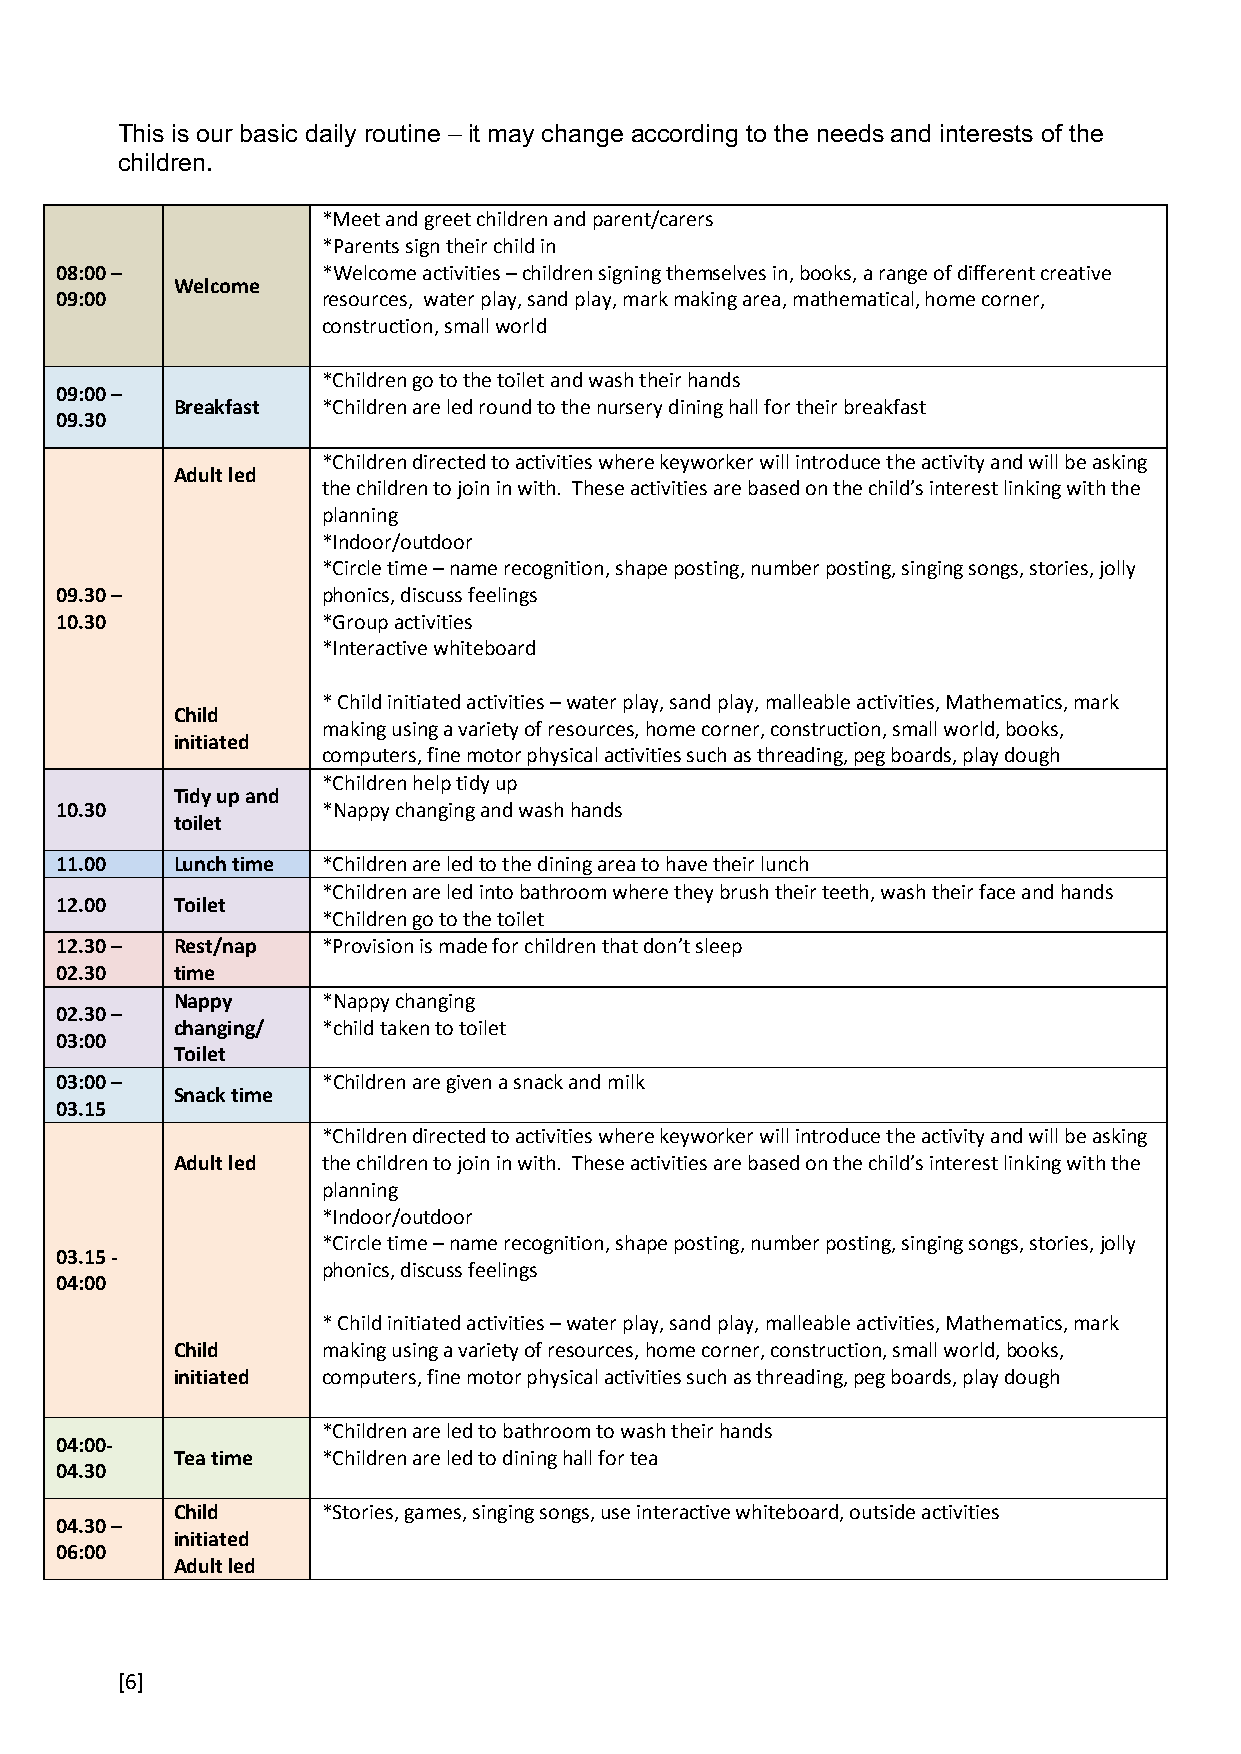
This is our basic daily routine – it may change according to the needs and interests of the
 children.
 *Meet and greet children and parent/carers
 *Parents sign their child in
 08:00 –          *Welcome activities – children signing themselves in, books, a range of different creative
 Welcome
 09:00            resources, water play, sand play, mark making area, mathematical, home corner,
 construction, small world
 *Children go to the toilet and wash their hands
 09:00 –
 Breakfast *Children are led round to the nursery dining hall for their breakfast
 09.30
 *Children directed to activities where keyworker will introduce the activity and will be asking
 Adult led
 the children to join in with. These activities are based on the child’s interest linking with the
 planning
 *Indoor/outdoor
 *Circle time – name recognition, shape posting, number posting, singing songs, stories, jolly
 09.30 –          phonics, discuss feelings
 10.30            *Group activities
 *Interactive whiteboard
 * Child initiated activities – water play, sand play, malleable activities, Mathematics, mark
 Child
 making using a variety of resources, home corner, construction, small world, books,
 initiated
 computers, fine motor physical activities such as threading, peg boards, play dough
 *Children help tidy up
 Tidy up and
 10.30            *Nappy changing and wash hands
 toilet
 11.00  Lunch time *Children are led to the dining area to have their lunch
 *Children are led into bathroom where they brush their teeth, wash their face and hands
 12.00  Toilet
 *Children go to the toilet
 12.30 – Rest/nap *Provision is made for children that don’t sleep
 02.30  time
 Nappy     *Nappy changing
 02.30 –
 changing/ *child taken to toilet
 03:00
 Toilet
 03:00 –          *Children are given a snack and milk
 Snack time
 03.15
 *Children directed to activities where keyworker will introduce the activity and will be asking
 Adult led the children to join in with. These activities are based on the child’s interest linking with the
 planning
 *Indoor/outdoor
 *Circle time – name recognition, shape posting, number posting, singing songs, stories, jolly
 03.15 -
 phonics, discuss feelings
 04:00
 * Child initiated activities – water play, sand play, malleable activities, Mathematics, mark
 Child     making using a variety of resources, home corner, construction, small world, books,
 initiated computers, fine motor physical activities such as threading, peg boards, play dough
 *Children are led to bathroom to wash their hands
 04:00-
 Tea time  *Children are led to dining hall for tea
 04.30
 Child     *Stories, games, singing songs, use interactive whiteboard, outside activities
 04.30 –
 initiated
 06:00
 Adult led
 [6]